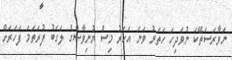
ނަވާރަސަތޭކަ ނުވަދިހަ ހަތަރު ވަނަ އަހަރު މިސް ޔުނިވާސްގެ ލަގަބު ފުރަތަމަ ފަހަރަށް